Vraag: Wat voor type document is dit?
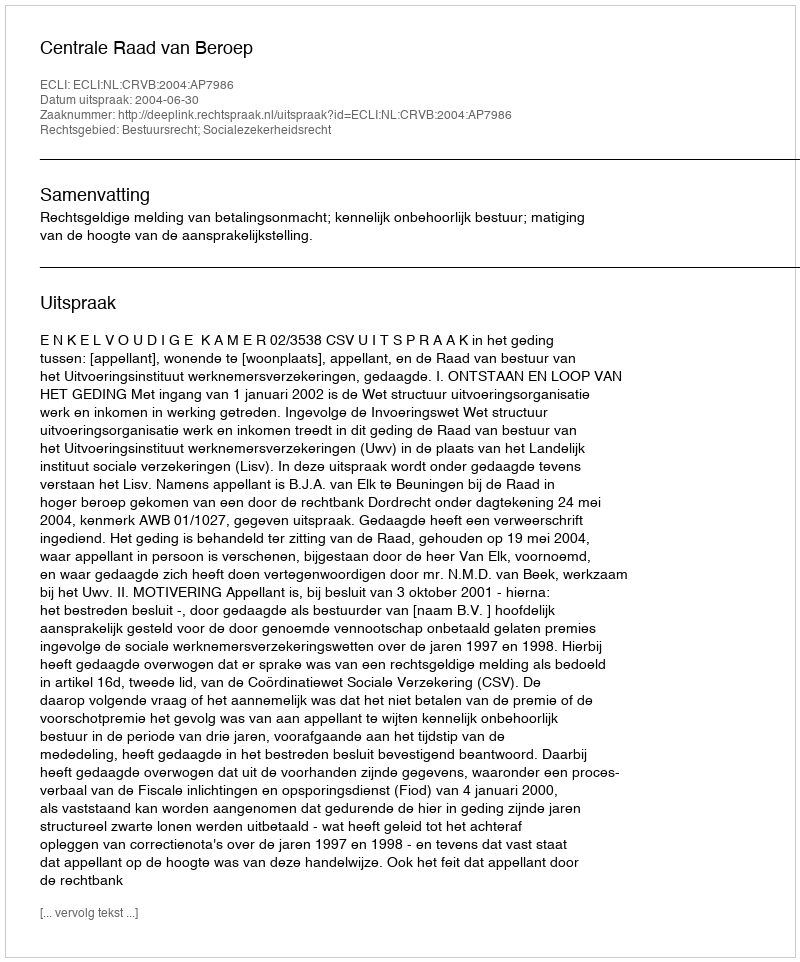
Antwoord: Uitspraak